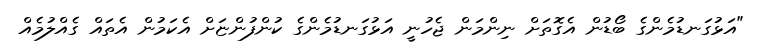
"އަޅުގަނޑުމެންގެ ބޯޑުން އެގޮތަށް ނިންމަން ޖެހުނީ އަޅުގަނޑުމެންގެ ކުންފުންޏަށް އެކަމުން އެތައް ގެއްލުމެއް